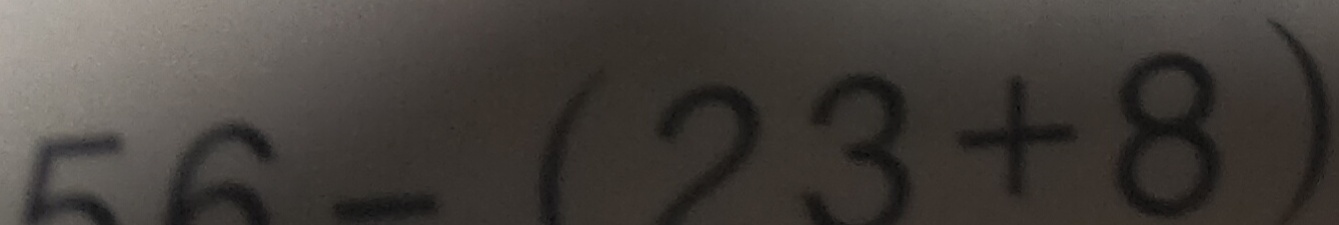
5 6 - ( 2 3 + 8 )